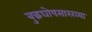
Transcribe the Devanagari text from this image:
बुद्धघोषसारख्या